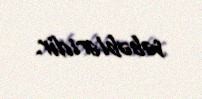
səbəbləridir.